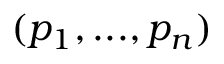
( p _ { 1 } , . . . , p _ { n } )